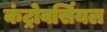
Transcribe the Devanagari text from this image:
कंट्रोवर्सियल